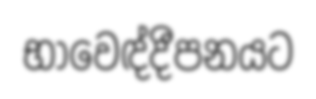
භාවෙඳ්දීපනයට